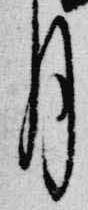
月